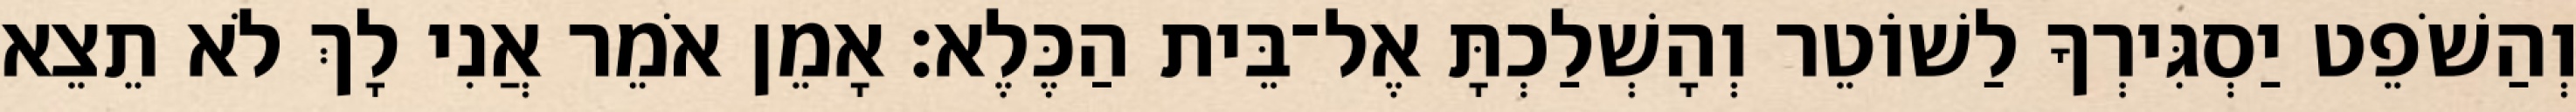
וְהַשֹׁפֵט יַסְגִּירְךָ לַשׁוֹטֵר וְהָשְׁלַכְתָּ אֶל־בֵּית הַכֶּלֶא׃ אָמֵן אֹמֵר אֲנִי לָךְ לֹא תֵצֵא